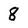
Character: 8